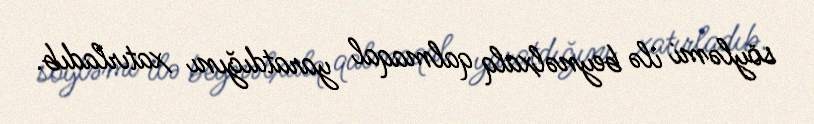
söyləmi ilə beynəlxalq qalmaqal yaratdığını xatırladıb.